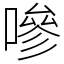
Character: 嘇